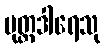
ပုတ္တဒါရေသု